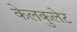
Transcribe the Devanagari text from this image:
केलकुलेट